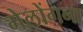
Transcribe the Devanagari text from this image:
मेलोंगना